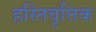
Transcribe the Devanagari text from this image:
हस्तिवृत्तिक